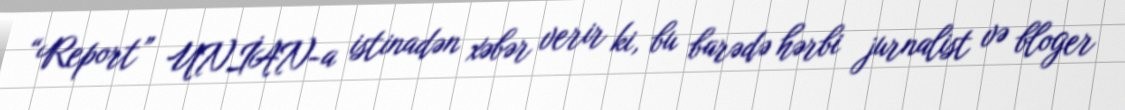
“Report” UNİAN-a istinadən xəbər verir ki, bu barədə hərbi jurnalist və bloger